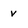
Character: v